Vabadussoja_Ajaloo_Komitee, lk 46
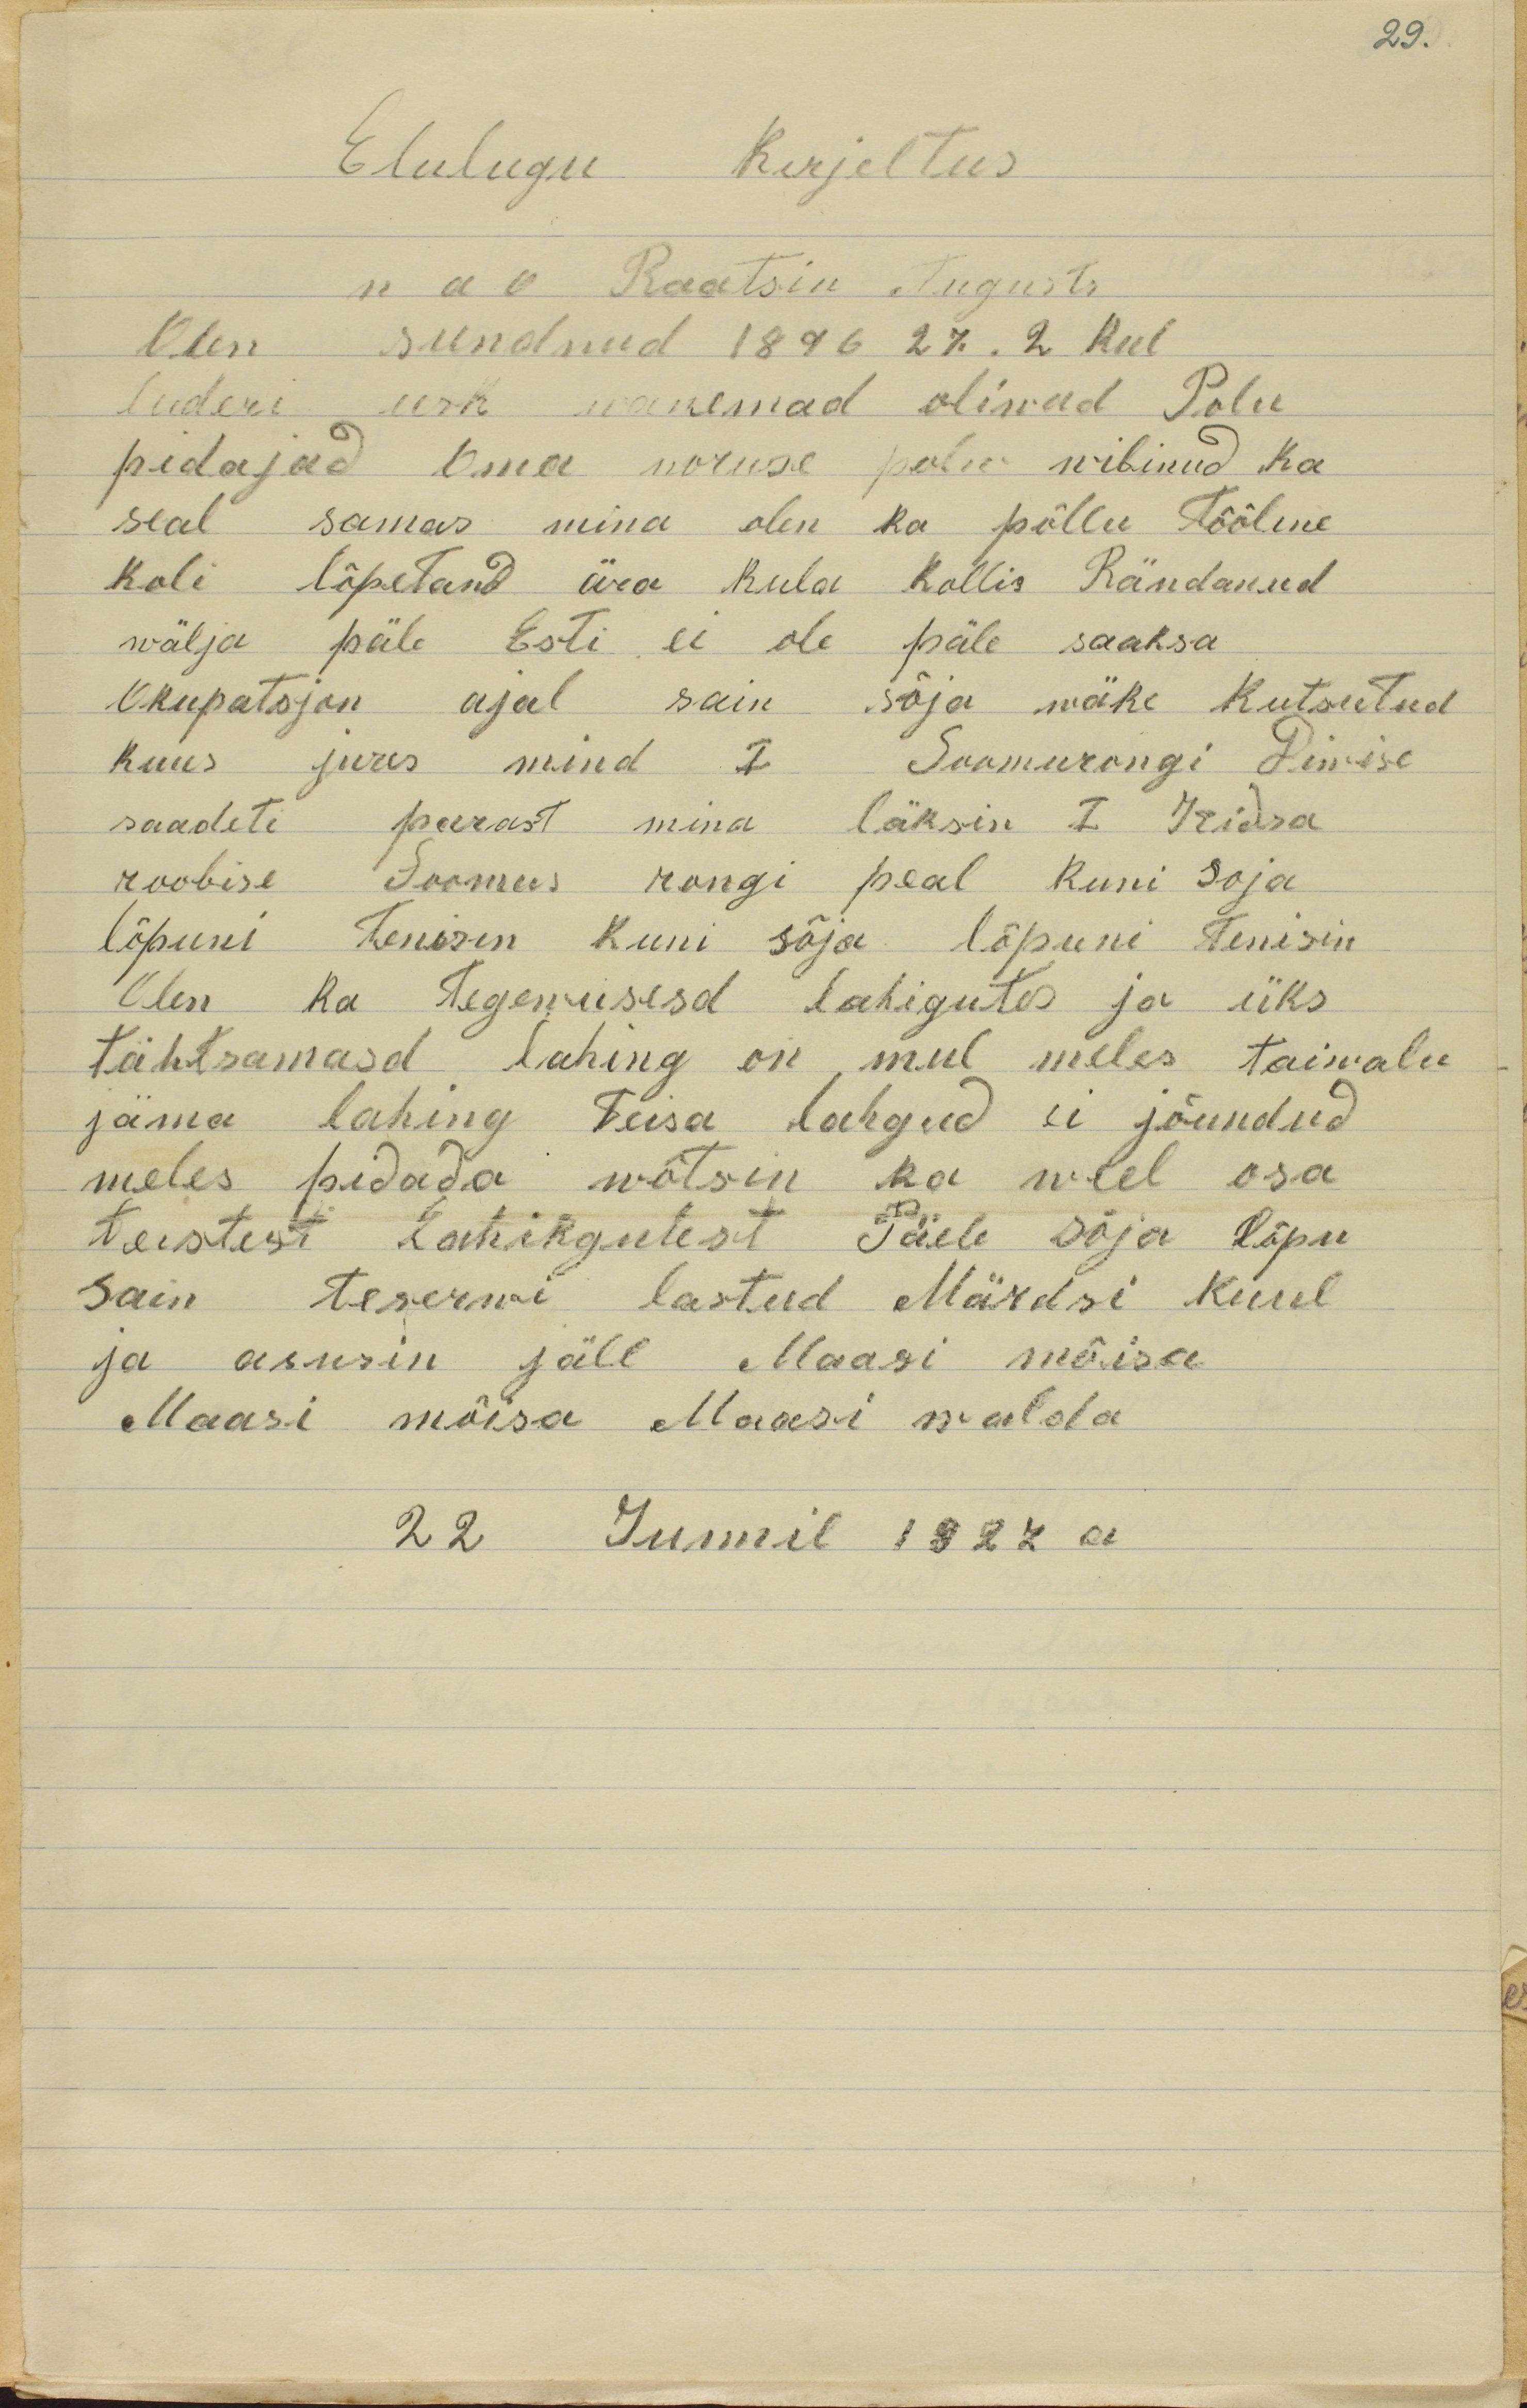
29
Elulugu Kirjeltus
Olen sündinud 1896 27.2 Keel
Luderi usk vanemad oliwad Talu
n ov Raatsin Augusts
pidajad, Oma noruse olw wibinud ka
seal samas mina olen ka põllu tööline
Koli lõpetand ära Kula kollis Rändanud
wälja päle Esti ei ole päle saaksa
okupatsjon ajal sain sõja wäke kutsutud
kuus jures mind I Soomusrongi Diwise 
saadeti peerast mina läksin I Ieidsa
roobise Soomus rongi peal kuni soja
lõpuni tenisin kuni sõja lõpuni tenisin
Olen ka tegewusesd lahingutes ja üks
tähtsamaid lahing on mul meles taiwalu
jama lahing. Teisa  lahgud ei jõudnud
meles pidada wõtsin ka weel osa
teistest lahingutest. Päele sõja lõpu
sain teserwi lastud Märdsi kuul
ja asusin jäle Maasi mõisa
Maasi mõisa Maasi walda
22 Juunil 1927 a